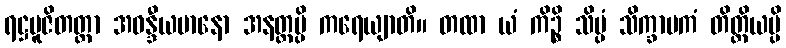
ရဋ္ဌပူဇိတတ္တာ အဝန္ဒီယမာနော အနတ္ထမ္ပိ ကရေယျာတိ။ တထာ ယံ ကိဉ္စိ သိပ္ပံ သိက္ခာပကံ တိတ္ထိယမ္ပိ